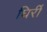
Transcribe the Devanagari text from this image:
घिर्री